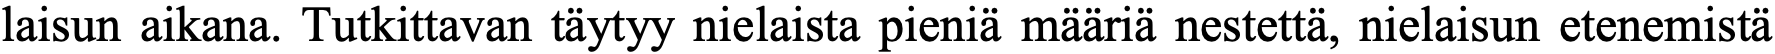
laisun aikana. Tutkittavan täytyy nielaista pieniä määriä nestettä, nielaisun etenemistä